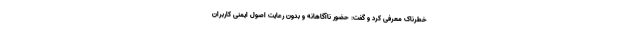
خطرناک معرفی کرد و گفت: حضور ناآگاهانه و بدون رعایت اصول ایمنی کاربران